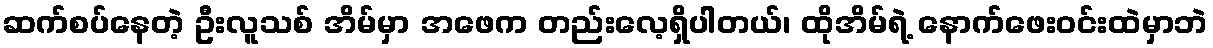
ဆက်စပ်နေတဲ့ ဦးလူသစ် အိမ်မှာ အဖေက တည်းလေ့ရှိပါတယ်၊ ထိုအိမ်ရဲ့ နောက်ဖေးဝင်းထဲမှာဘဲ